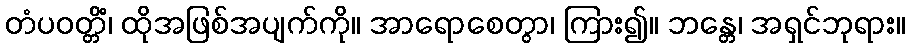
တံပဝတ္တိံ၊ ထိုအဖြစ်အပျက်ကို။ အာရောစေတွာ၊ ကြား၍။ ဘန္တေ၊ အရှင်ဘုရား။